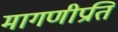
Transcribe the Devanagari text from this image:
मागणीप्रति